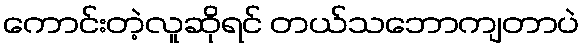
ကောင်းတဲ့လူဆိုရင် တယ်သဘောကျတာပဲ